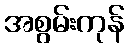
အစွမ်းကုန်